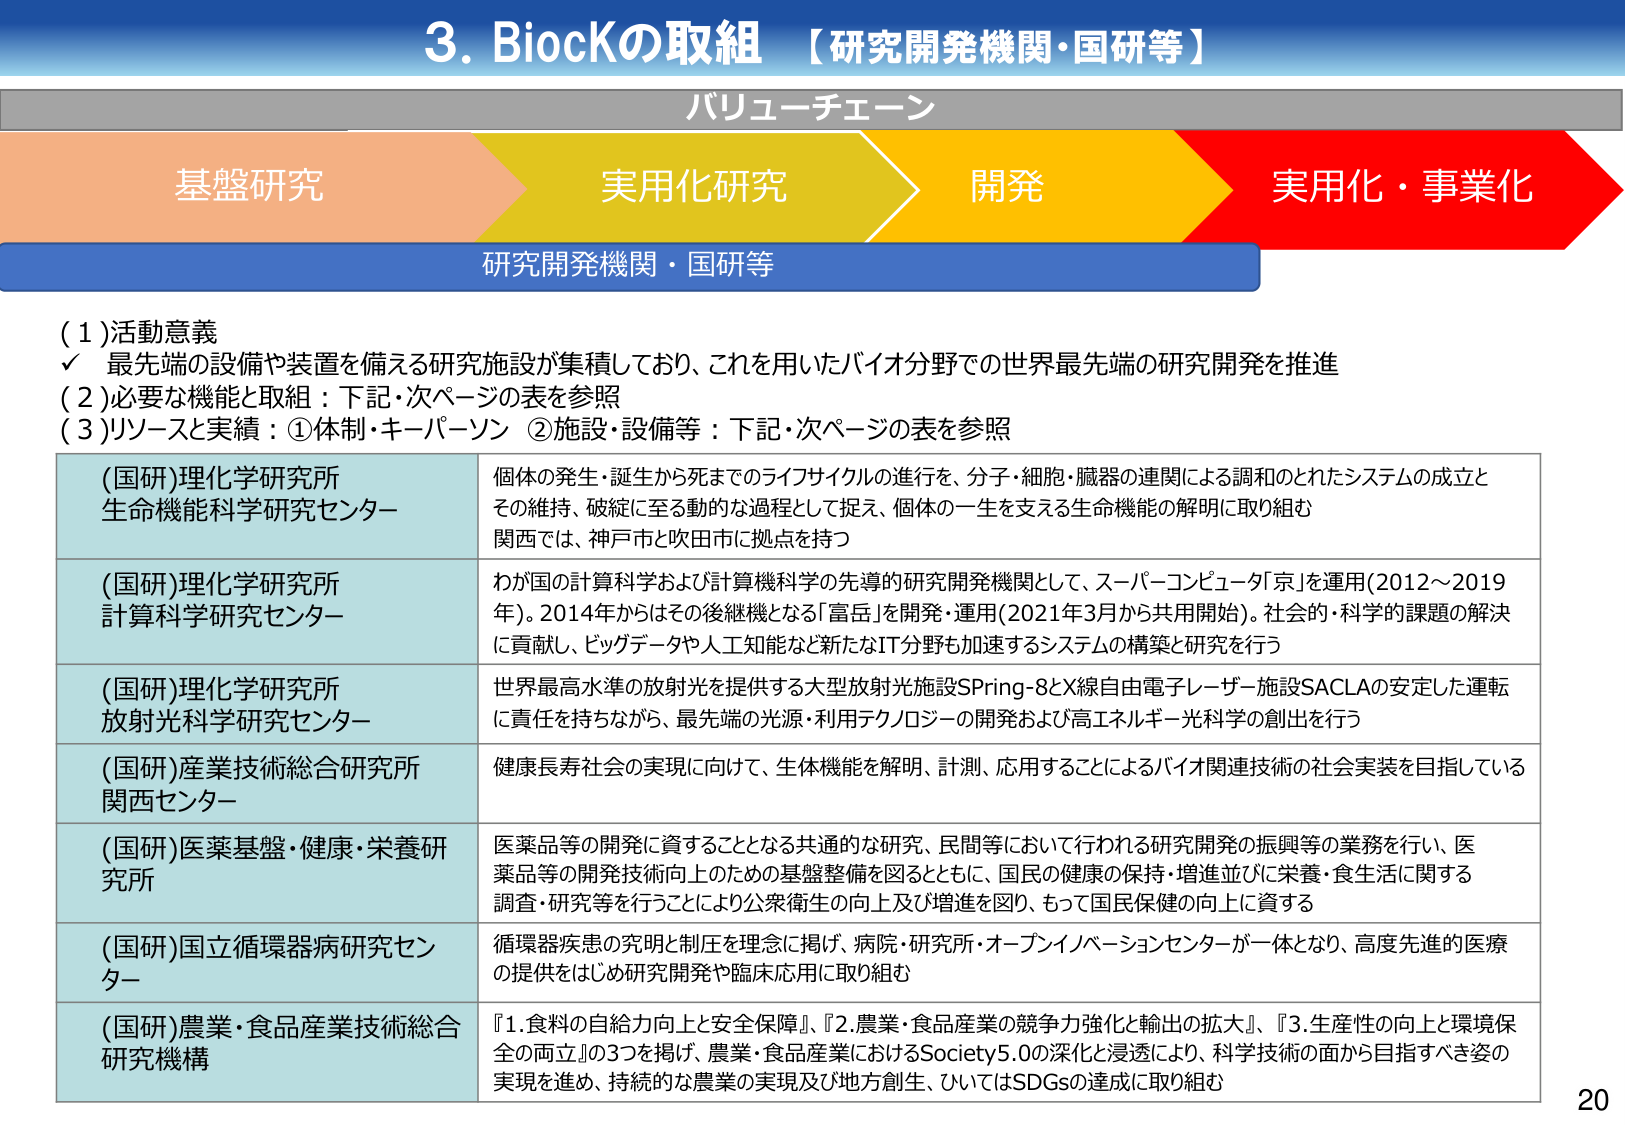
3. BiocKの取組 【研究開発機関・国研等】

バリューチェーン

基盤研究　→　実用化研究　→　開発　→　実用化・事業化

研究開発機関・国研等

(1) 活動意義
✓ 最先端の設備や装置を備える研究施設が集積しており、これを用いたバイオ分野での世界最先端の研究開発を推進

(2) 必要な機能と取組：下記・次ページの表を参照

(3) リソースと実績：①体制・キーパーソン　②施設・設備等：下記・次ページの表を参照

(国研)理化学研究所
生命機能科学研究センター
個体の発生・誕生から死までのライフサイクルの進行を、分子・細胞・臓器の連関による調和のとれたシステムの成立とその維持、破綻に至る動的な過程として捉え、個体の一生を支える生命機能の解明に取り組む
関西では、神戸市と吹田市に拠点を持つ

(国研)理化学研究所
計算科学研究センター
わが国の計算科学および計算機科学の先導的研究開発機関として、スーパーコンピュータ「京」を運用（2012～2019年）。2014年からはその後継機となる「富岳」を開発・運用（2021年3月から共用開始）。社会的・科学的課題の解決に貢献し、ビッグデータや人工知能など新たなIT分野も加速するシステムの構築と研究を行う

(国研)理化学研究所
放射光科学研究センター
世界最高水準の放射光を提供する大型放射光施設SPring-8とX線自由電子レーザー施設SACLAの安定した運転に責任を持ちながら、最先端の光源・利用テクノロジーの開発および高エネルギー光科学の創出を行う

(国研)産業技術総合研究所
関西センター
健康長寿社会の実現に向けて、生体機能を解明、計測、応用することによるバイオ関連技術の社会実装を目指している

(国研)医薬基盤・健康・栄養研究所
医薬品等の開発に資することとなる共通的な研究、民間等において行われる研究開発の振興等の業務を行い、医薬品等の開発技術向上のための基盤整備を図るとともに、国民の健康の保持・増進並びに栄養・食生活に関する調査・研究等を行うことにより公衆衛生の向上及び増進を図り、もって国民保健の向上に資する

(国研)国立循環器病研究センター
循環器疾患の究明と制圧を理念に掲げ、病院・研究所・オープンイノベーションセンターが一体となり、高度先進的医療の提供をはじめ研究開発や臨床応用に取り組む

(国研)農業・食品産業技術総合研究機構
『1. 食料の自給力向上と安全保障』、『2. 農業・食品産業の競争力強化と輸出の拡大』、『3. 生産性の向上と環境保全の両立』の3つを掲げ、農業・食品産業におけるSociety5.0の深化と浸透により、科学技術の面から目指すべき姿の実現を進め、持続的な農業の実現及び地方創生、ひいてはSDGsの達成に取り組む

20